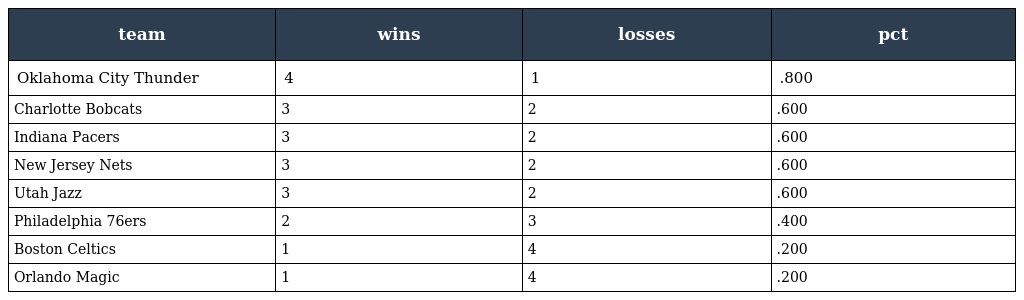
| team | wins | losses | pct |
 | --- | --- | --- | --- |
 | Oklahoma City Thunder | 4 | 1 | .800 |
 | Charlotte Bobcats | 3 | 2 | .600 |
 | Indiana Pacers | 3 | 2 | .600 |
 | New Jersey Nets | 3 | 2 | .600 |
 | Utah Jazz | 3 | 2 | .600 |
 | Philadelphia 76ers | 2 | 3 | .400 |
 | Boston Celtics | 1 | 4 | .200 |
 | Orlando Magic | 1 | 4 | .200 |